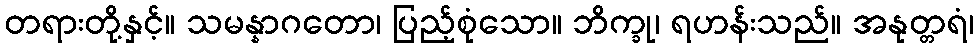
တရားတို့နှင့်။ သမန္နာဂတော၊ ပြည့်စုံသော။ ဘိက္ခု၊ ရဟန်းသည်။ အနုတ္တရံ၊